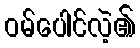
ဝမ်ပေါင်လဲ့၏